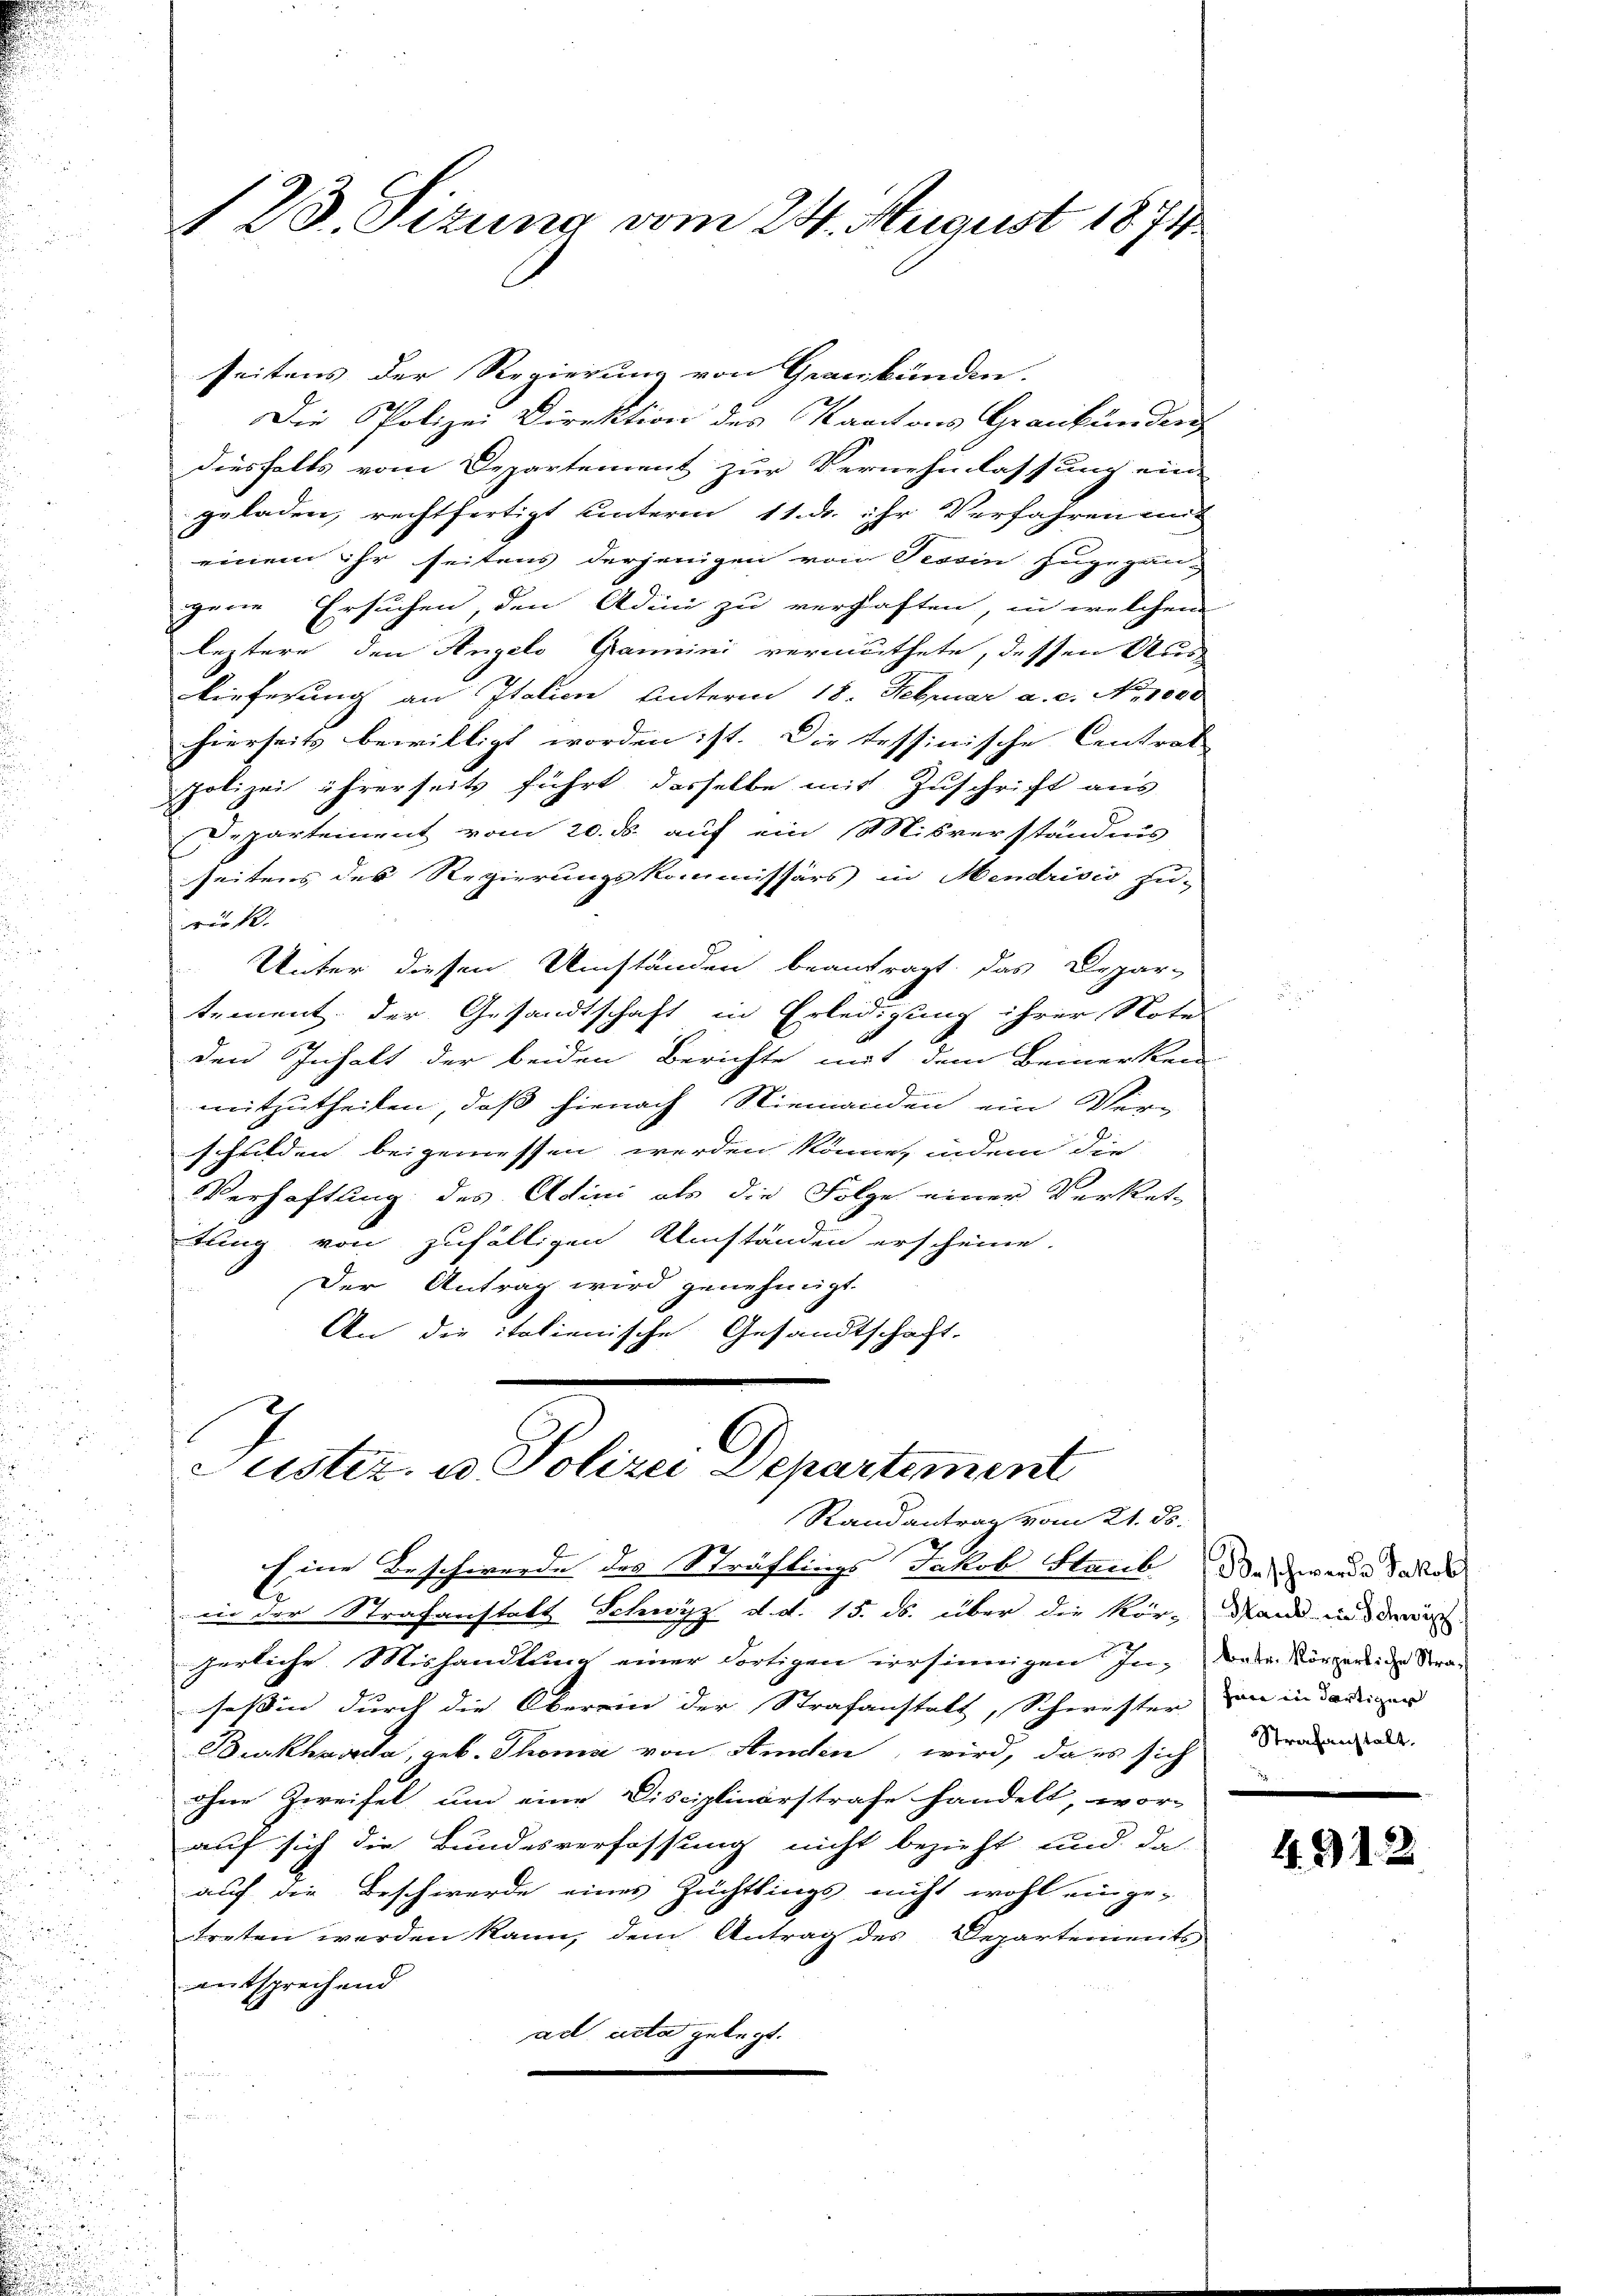
seitens der Regierung von Graubünden.
Die Polizei Direktion des Kantons Graubünden
diesfalls vom Departement zur Vernehmlassung ein-
geladen, rechtfertigt unterm 11. d. ihr Verfahren mit
einem ihr seitens derjenigen von Tessin zugegan-
gene Ersuchen, den Adii zu verhaften, in welchem
leztere den Angels Grammini vermuthete, dessen Aus
kiefesung an Italien Unterm 18. Februar a. c. No. 1000
hierseits bewilligt worden ist. Die Tessinische Centrat
polizei ihrerseits führt, dasselbe mit Zuschrift aus
Departement vom 20. ds. auf ein Misverständnis
seitens des Regierungskommissärs in Mendrisis zu-
frukt
Unter diesen Umständen beantragt, das Depar-
tement der Gesandtschaft in Erledigung ihrer Note
den Inhalt der beiden Berichte mit dem Bemerken
weitzutheilen, daß hienach Niemanden ein Ver-
schulden beigemessen werden könne, indem die
Verhaftung des Adini als die Folge einer Verket-
tung von zufälligen Umständen erscheine.
Der Antrag wird genehmigt.
An die italienische Gesandtschaft.

123. Sizung vom 24. August 1874.

Eine Beschwerde des Sträflings Jakob Staub das werde dasel
iin der Strafanstatt Schwyz d. d. 15. ds. über die Kör-Mann in den
herliche Mishandlung einer dortigen irrsinnigen In- Das Körpertige Strasessin durch die Oberein der Strafanstalt, Schwester
Burkharda, geb. Thoma von Amden, wird, da es sich
ohne Zweifel um eine Disciplinarstrafe handelt, wor-
auf sich die Bundesverfassung nicht bezieht und da-
auf die Beschwerde eines Züchtlings nicht wohl ein ge-
treten werden kann, dem Antrag des Departements
entsprechend
ad acta gelegt.
d

Justiz- u. Polizei Departement
Randantrag vom 21. ds.

sein in dortigen
Strafanstalt,

4912